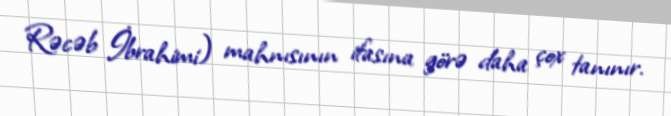
Rəcəb İbrahimi) mahnısının ifasına görə daha çox tanınır.